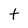
Character: t